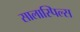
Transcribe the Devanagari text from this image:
सालास्पिल्स